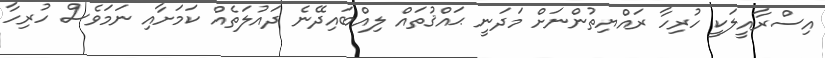
އިސްރާއީލަކީ ހުރިހާ ރައްޔިތުންނަށް މަދަނީ ޙައްޤުތައް ލިއްބައިދޭނެ ދައުލަތެއް ކަމަށާއި ނަމަވެސް ހުރިހާ